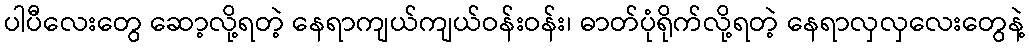
ပါပီလေးတွေ ဆော့လို့ရတဲ့ နေရာကျယ်ကျယ်ဝန်းဝန်း၊ ဓာတ်ပုံရိုက်လို့ရတဲ့ နေရာလှလှလေးတွေနဲ့